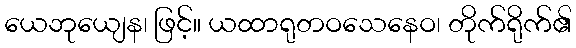
ယေဘုယျေန၊ ဖြင့်။ ယထာရုတဝသေနေဝ၊ တိုက်ရိုက်၏